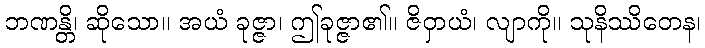
ဘဏန္တိ၊ ဆိုသော။ အယံ ခုဇ္ဇာ၊ ဤခုဇ္ဇာ၏။ ဇိဝှာယံ၊ လျာကို။ သုနိဿိတေန၊